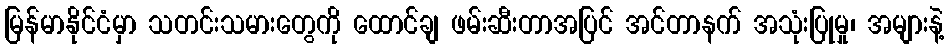
မြန်မာနိုင်ငံမှာ သတင်းသမားတွေကို ထောင်ချ ဖမ်းဆီးတာအပြင် အင်တာနက် အသုံးပြုမှု၊ အများနဲ့